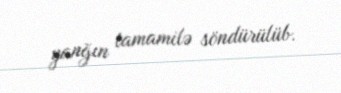
yanğın tamamilə söndürülüb.